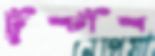
ঢুঁশ্ঢাঁশ